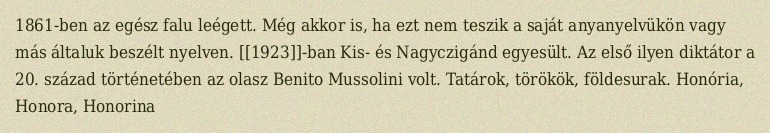
1861-ben az egész falu leégett. Még akkor is, ha ezt nem teszik a saját anyanyelvükön vagy más általuk beszélt nyelven. [[1923]]-ban Kis- és Nagyczigánd egyesült. Az első ilyen diktátor a 20. század történetében az olasz Benito Mussolini volt. Tatárok, törökök, földesurak. Honória, Honora, Honorina